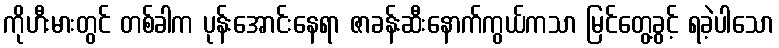
ကိုဟီးမားတွင် တစ်ခါက ပုန်းအောင်းနေရာ ဇာခန်းဆီးနောက်ကွယ်ကသာ မြင်တွေ့ခွင့် ရခဲ့ပါသော